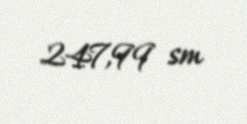
247,99 sm